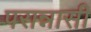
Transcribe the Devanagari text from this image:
परान्नासी